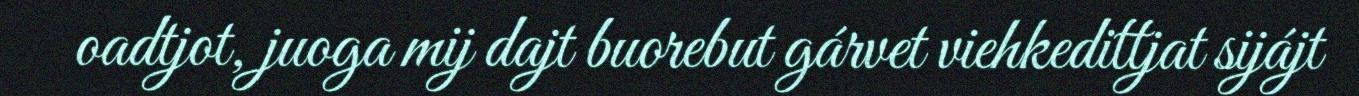
oadtjot, juoga mij dajt buorebut gárvet viehkedittjat sijájt